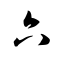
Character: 六